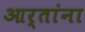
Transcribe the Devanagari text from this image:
आर्तांना